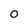
Character: 0